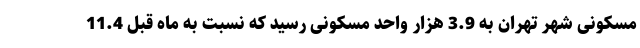
مسکونی شهر تهران به 3.9 هزار واحد مسکونی رسید که نسبت به ماه قبل 11.4